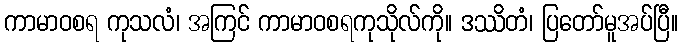
ကာမာဝစရ ကုသလံ၊ အကြင် ကာမာဝစရကုသိုလ်ကို။ ဒဿိတံ၊ ပြတော်မူအပ်ပြီ။